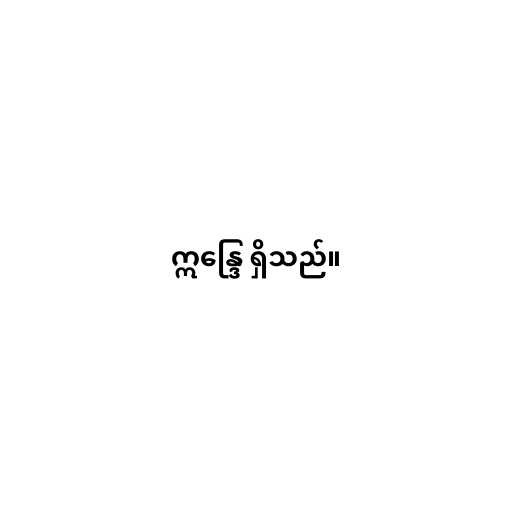
ဣန္ဒြေ ရှိသည်။